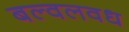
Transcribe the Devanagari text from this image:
बल्वलवध